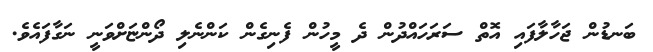
ބަނޑުން ޖަހާލާފައި އޮތް ސަރަހައްދުން ދެ މީހުން ފެނިގެން ކަންނެލި ދޯންޏަށްވަނީ ނަގާފައެވެ.